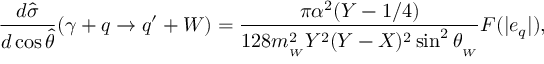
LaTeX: \frac { d \hat { \sigma } } { d \cos \hat { \theta } } ( \gamma + q \rightarrow q ^ { \prime } + W ) = \frac { \pi \alpha ^ { 2 } ( Y - 1 / 4 ) } { 1 2 8 m _ { _ W } ^ { 2 } Y ^ { 2 } ( Y - X ) ^ { 2 } \sin ^ { 2 } \theta _ { _ W } } F ( | e _ { q } | ) ,